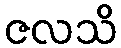
ဇလသိ